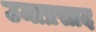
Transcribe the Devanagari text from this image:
उमाप्रसाद